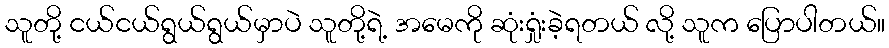
သူတို့ ငယ်ငယ်ရွယ်ရွယ်မှာပဲ သူတို့ရဲ့ အမေကို ဆုံးရှုံးခဲ့ရတယ် လို့ သူက ပြောပါတယ်။